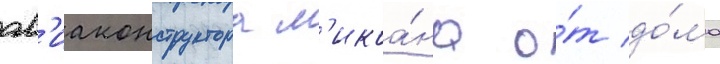
ав'иаконструктора м'икоа́на о́т до́ма